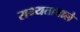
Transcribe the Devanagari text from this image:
सभ्यतावाले